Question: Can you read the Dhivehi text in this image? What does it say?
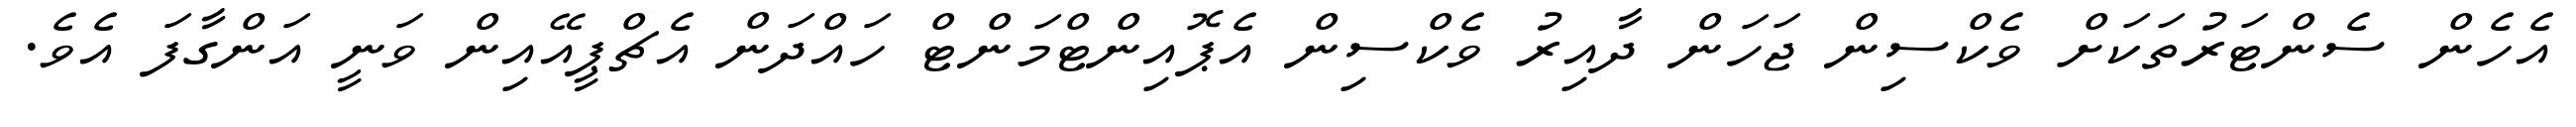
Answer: އެހެން ސެންޓަރުތަކަށް ވެކްސިން ޖަހަން ދާއިރު ވެކްސިން އެޕޮއިންޓްމަންޓް ހައްދަން އެޗްޕީއޭއިން ވަނީ އަންގާފަ އެވެ.